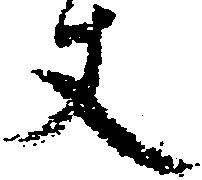
丈